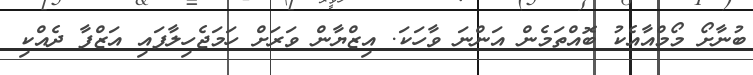
ބުނާށޯ މޯމްއާއެކު ބޮއްތަމެން އަންނަ ވާހަކަ. އިޒްޔާން ވަރަށް ހަމަޖެހިލާފައި އަޒްފާ ދެއްކި